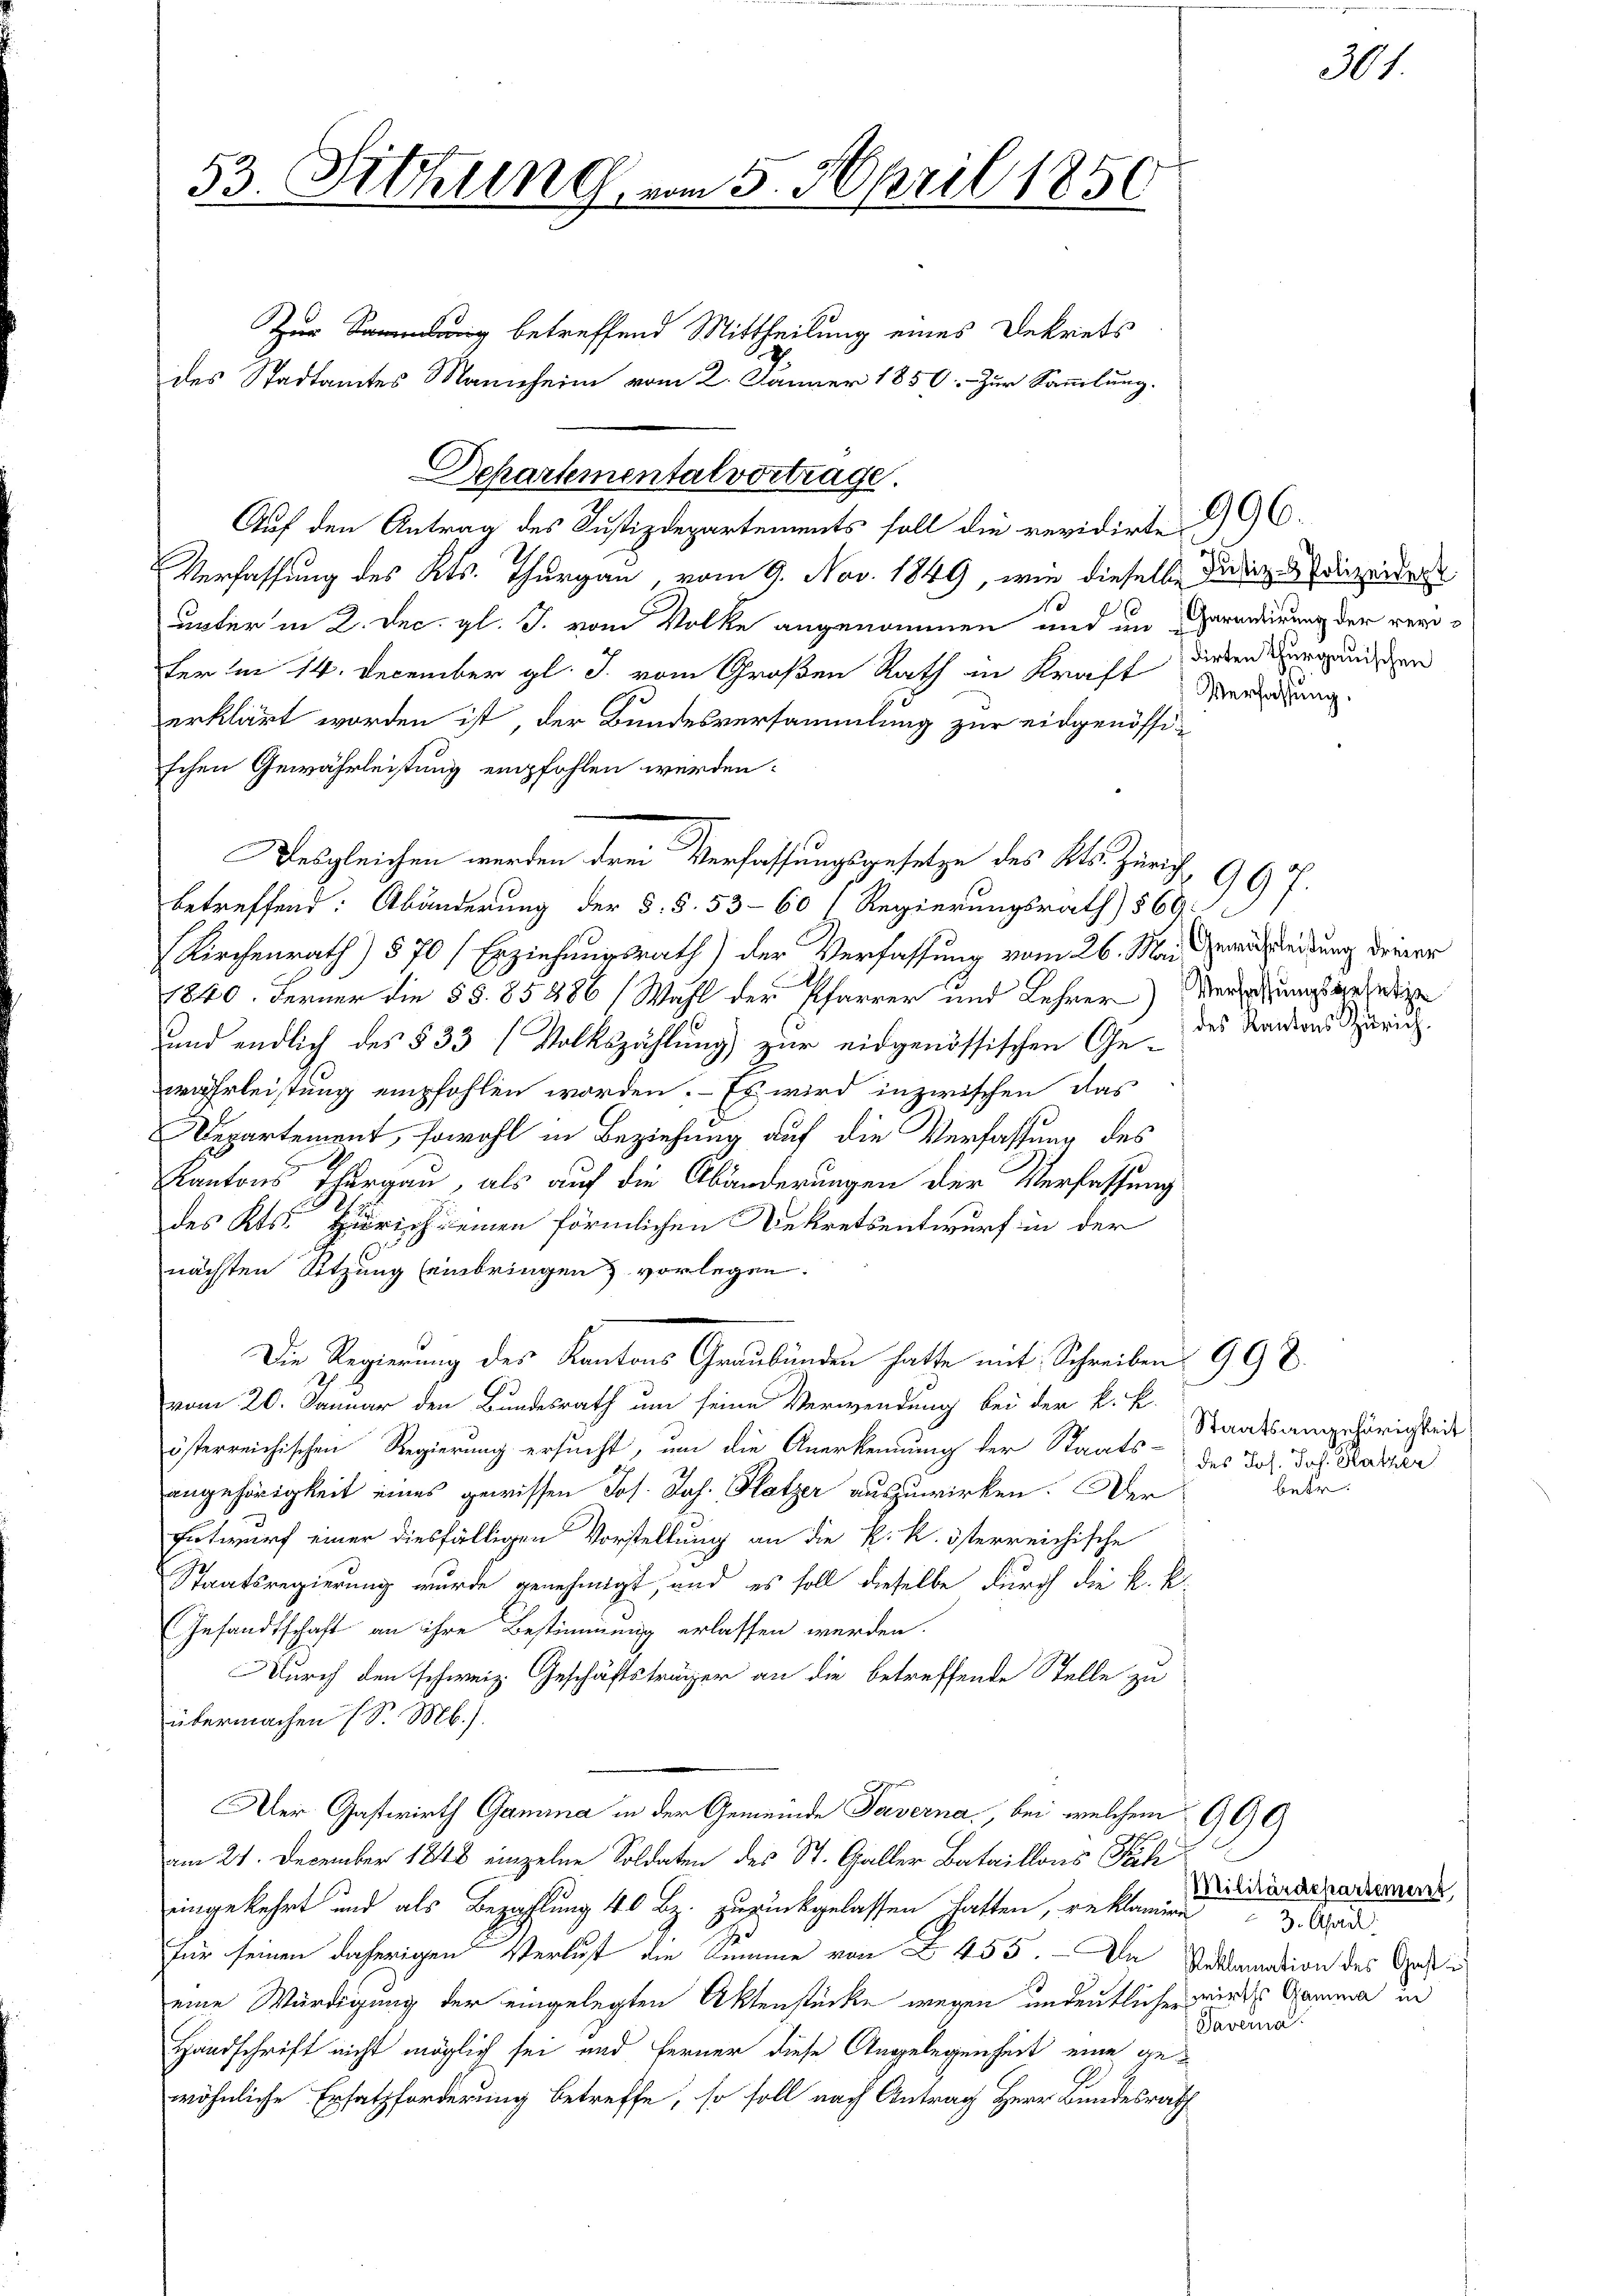
53. Sitzung.

Zur Sammlung betreffend Mittheilung eines Dekrets
Auf den Antrag des Justizdepartements soll die revidirte 2) GC.
Verfassung des Kts. Thurgau vom 9. Nov. 1849, wie dieselbe Judiz dizeiders
unter in 2. Dec. gl. J. vom Volke angenommen und im Geradirung der verter im 14. December gl. J. vom Großen Rath in Kraft diesen Verganiszen
erklärt worden ist, der Bundesversammlung zur eidgenössi-
schen Gewährleistung empfohlen werden:
betreffend: Abänderung der §. §. 53-60 1 Regierungsrath) 569.
Kirchenrath) 570 (Erziehungsrath) der Verfassung vom 26. Mai Gerichtleitung deiner
1840. Ferner die § §. 85286 (Wahl der Pfarrer und Lehrer Verziehungsgeset
und endlich des § 33 (Volkszählung zur eidgenössischen Gewahrleistung empfohlen worden. - Es wird inzwischen das
Departement, sowohl in Beziehung auf die Verfassung des
Kantons Thurgau, als auf die Abänderungen der Verfassung
des Kts. Zürich einen förmlichen Dekretsentwurf in der
nächsten Sitzung (einbringen vorlegen.
Die Regierung des Kantons Graubünden hatte mit Schreiben 998
vom 20. Januar den Bundesrath um seine Verwendung bei der k. k.
österreichischen Regierung ersucht, um die Anerkennung der Staats- des Joh. Joh. Kather
angehörigkeit eines gewissen Jos. Jos. Platzer auszuwirken. Der
Entwurf einer diesfälligen Vorstellung an die k. k. österreichische
Staatsregierung wurde genehmigt, und es soll dieselbe durch die k. k.
Gesandtschaft an ihre Bestimmung erlassen werden.
Durch den schweiz. Geschäftsträger an die betreffende Stelle zu
übermachen (S. Mb.).
Der Gastwirth Gamma in der Gemeinde Taverna, bei welchem 900
am 21. December 1848 einzelne Soldaten des St. Galler Bataillons Poli
eingekehrt und als Bezahlung 40 Bz. zurückgelassen hatten, reklamien 2 Fad
für seinen daherigen Verlust die Summe von Z. 455. — In Reklamation des Gest
seine Würdigung der eingelegten Aktenstücke wegen undeutlicher wird Summa in
Handschrift nicht möglich sei und Ferner diese Angelegenheit eine gewöhnliche Ersatzforderung betreffe, so soll nach Antrag Herr Bundesrath

des Stadtamtes Mannheim vom 2. Jänner 1850. Zur Sammlung.

Departemental vortrage.

Desgleichen werden drei Verfassungsgesetze des Kts. Zürich

vom 5. April 1856

Verfassung,

997.
des Kantons Zürich.

Staatsangehörigkeit
betr.

301.

Militärdepartement
Taverna